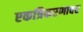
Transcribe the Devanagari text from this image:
एकत्रिकरणावर